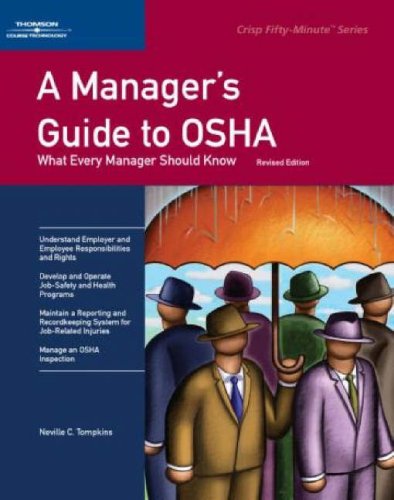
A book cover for A Manager's Guide to OSHA (Revised) (Crisp 50-Minute); Neville C. Tompkins; Business & Money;